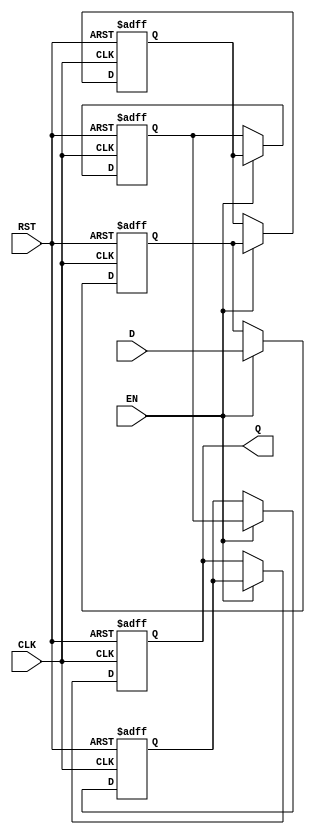
module MultistageRegister #(
    parameter N = 4,           // Number of stages
    parameter WIDTH = 8        // Width of the data input/output
)(
    input  wire [WIDTH-1:0] D, // Data input
    input  wire CLK,            // Clock signal
    input  wire EN,             // Enable signal
    input  wire RST,            // Reset signal
    output reg  [WIDTH-1:0] Q   // Data output
);

    // Internal storage for the multistage register
    reg [WIDTH-1:0] stage [0:N-1]; // Array of registers for each stage

    integer i;

    always @(posedge CLK or posedge RST) begin
        if (RST) begin
            // Asynchronous reset of all stages
            for (i = 0; i < N; i = i + 1) begin
                stage[i] <= {WIDTH{1'b0}}; // Clear to 0
            end
            Q <= {WIDTH{1'b0}}; // Clear output
        end else if (EN) begin
            // Shift data through the stages
            stage[0] <= D; // Load input data into the first stage
            for (i = 1; i < N; i = i + 1) begin
                stage[i] <= stage[i-1]; // Shift data to the next stage
            end
            Q <= stage[N-1]; // Output from the last stage
        end
    end

endmodule